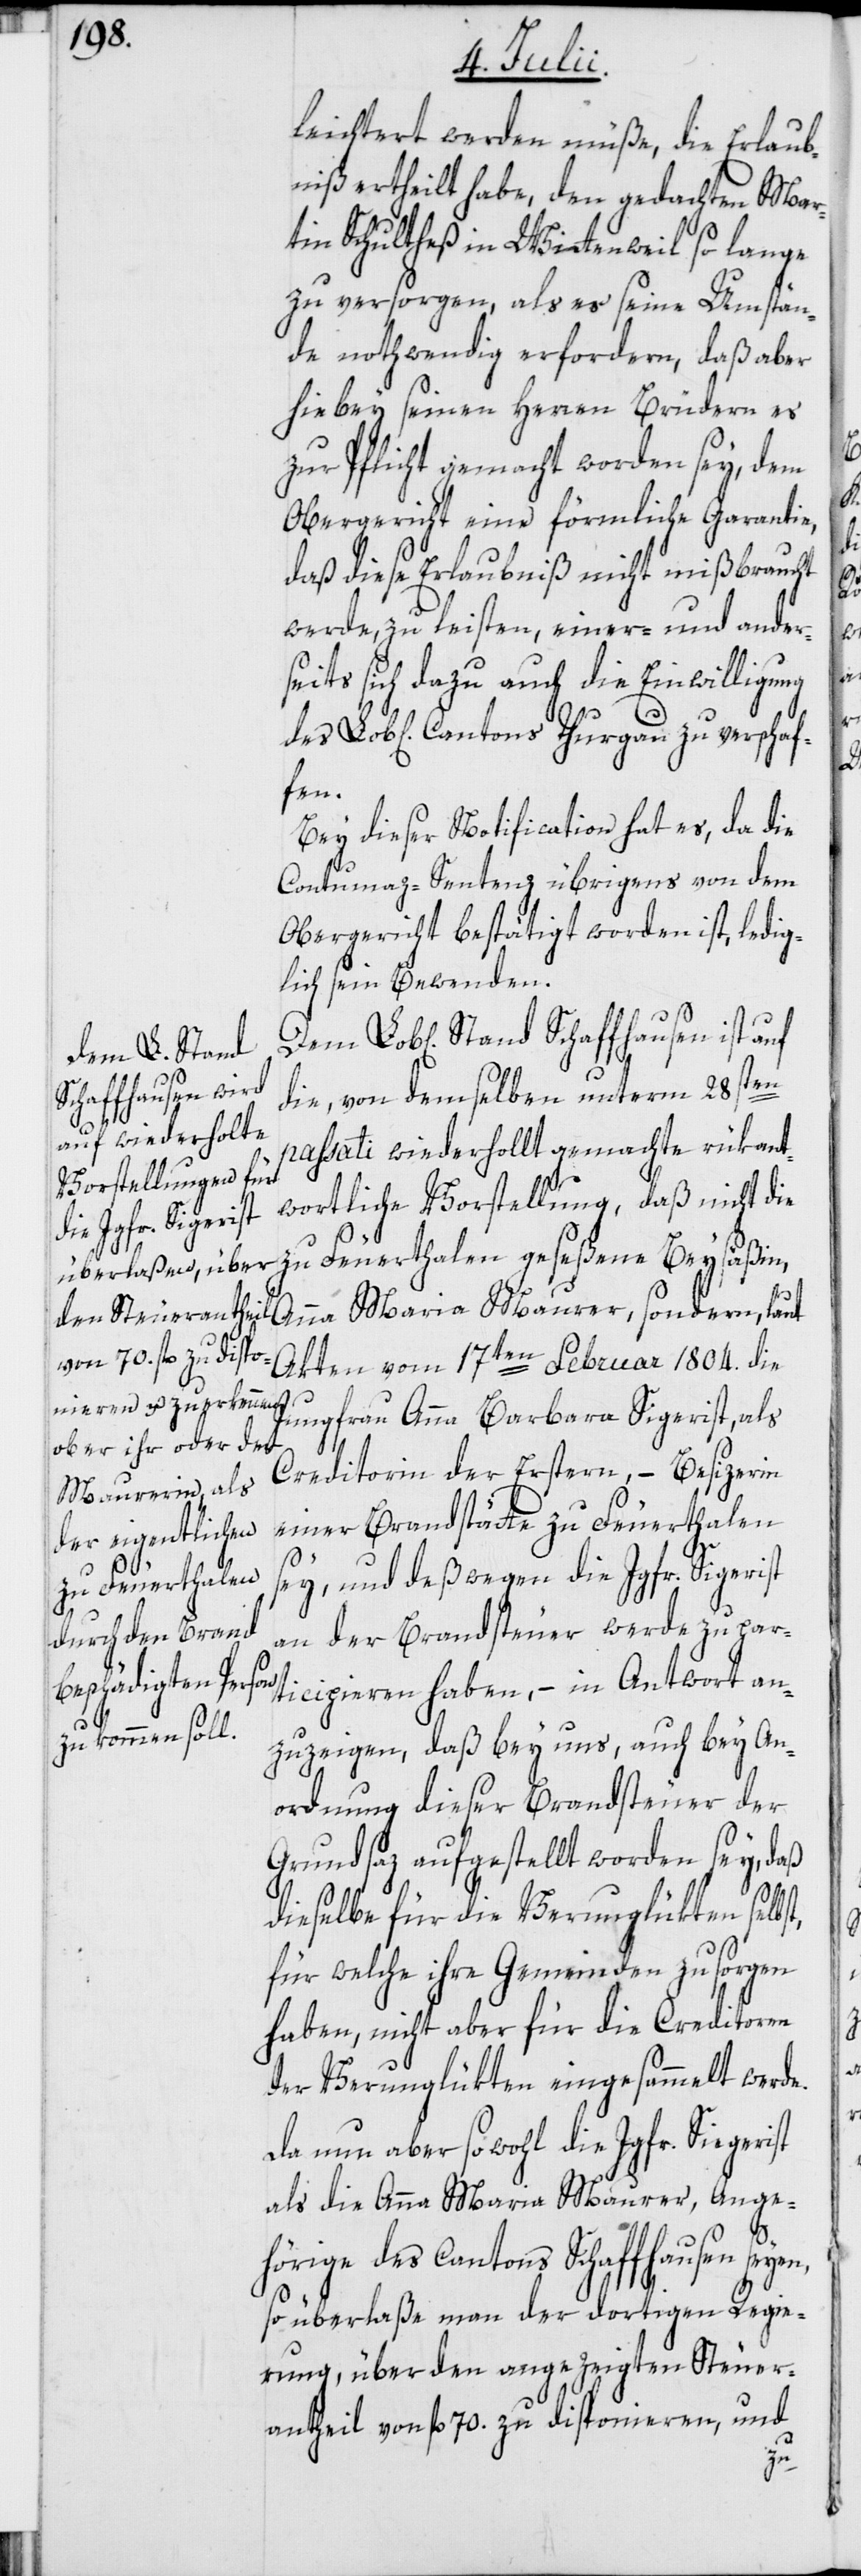
leichtert werden müße, die Erlaub¬
niß ertheilt habe, den gedachten Mar¬
tin Schultheß in Wittenweil so lange
zu versorgen, als es seine Umstän¬
de nothwendig erfordern, daß aber
hiebey seinen Herren Brüdern es
zur Pflicht gemacht worden sey, dem
Obergericht eine förmliche Garantie,
daß diese Erlaubniß nicht mißbraucht
werde, zu leisten, einer- und ander¬
seits sich dazu auch die Einwilligung
Bey dieser Notification hat es, da die
Contumaz-Sentenz übrigens von dem
Obergericht bestätigt worden ist, ledig¬
lich sein Bewenden.
Lob[lichen] Stand Schaffhausen ist auf
die, von demselben unterm 28sten
passati wiederhollt gemachte rükant¬
wortliche Vorstellung, daß nicht die
zu Feuerthalen geseßene Beysäßin,
des
Akten vom 17ten Februar 1804. die
Jungfrau Anna Barbara Sigerist, als
Creditorin der Erstern, – Besizerin
einer Brandstätte zu Feuerthalen
sey, und deßwegen die Jgfr. Sigerist
zu verschaffen.
an der Brandsteuer werde zu par¬
ticipieren haben, – in Antwort an¬
zuzeigen, daß bey uns, auch bey An¬
ordnung dieser Brandsteuer der
Grundsaz aufgestellt worden sey, daß
dieselbe für die Verunglükten selbst,
für welche ihre Gemeinden zu sorgen
haben, nicht aber für die Creditoren
der Verunglükten eingesammelt werde.
Da nun aber sowohl die Jgfr. Siegerist
als die Anna Maria Maurer, Ange¬
hörige des Cantons Schaffhausen seyen,
so überlaße man der dortigen Regie¬
rung, über den angezeigten Steuer¬
antheil von fl. 70. zu disponieren, und